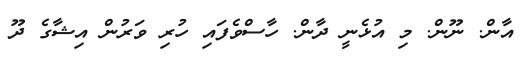
އާން. ނޫން. މި އުޅެނީ ދާން. ހާސްވެފައި ހުރި ވަރުން އިޝާގެ ދޫ